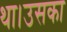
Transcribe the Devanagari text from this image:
था।उसका